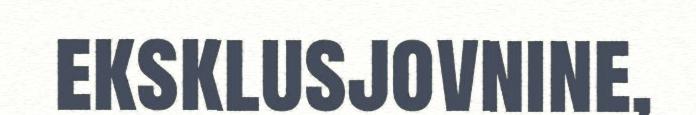
eksklusjovnine,